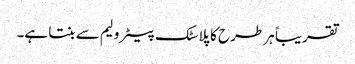
تقریباً ہر طرح کا پلاسٹک پیٹرولیم سے بنتا ہے۔